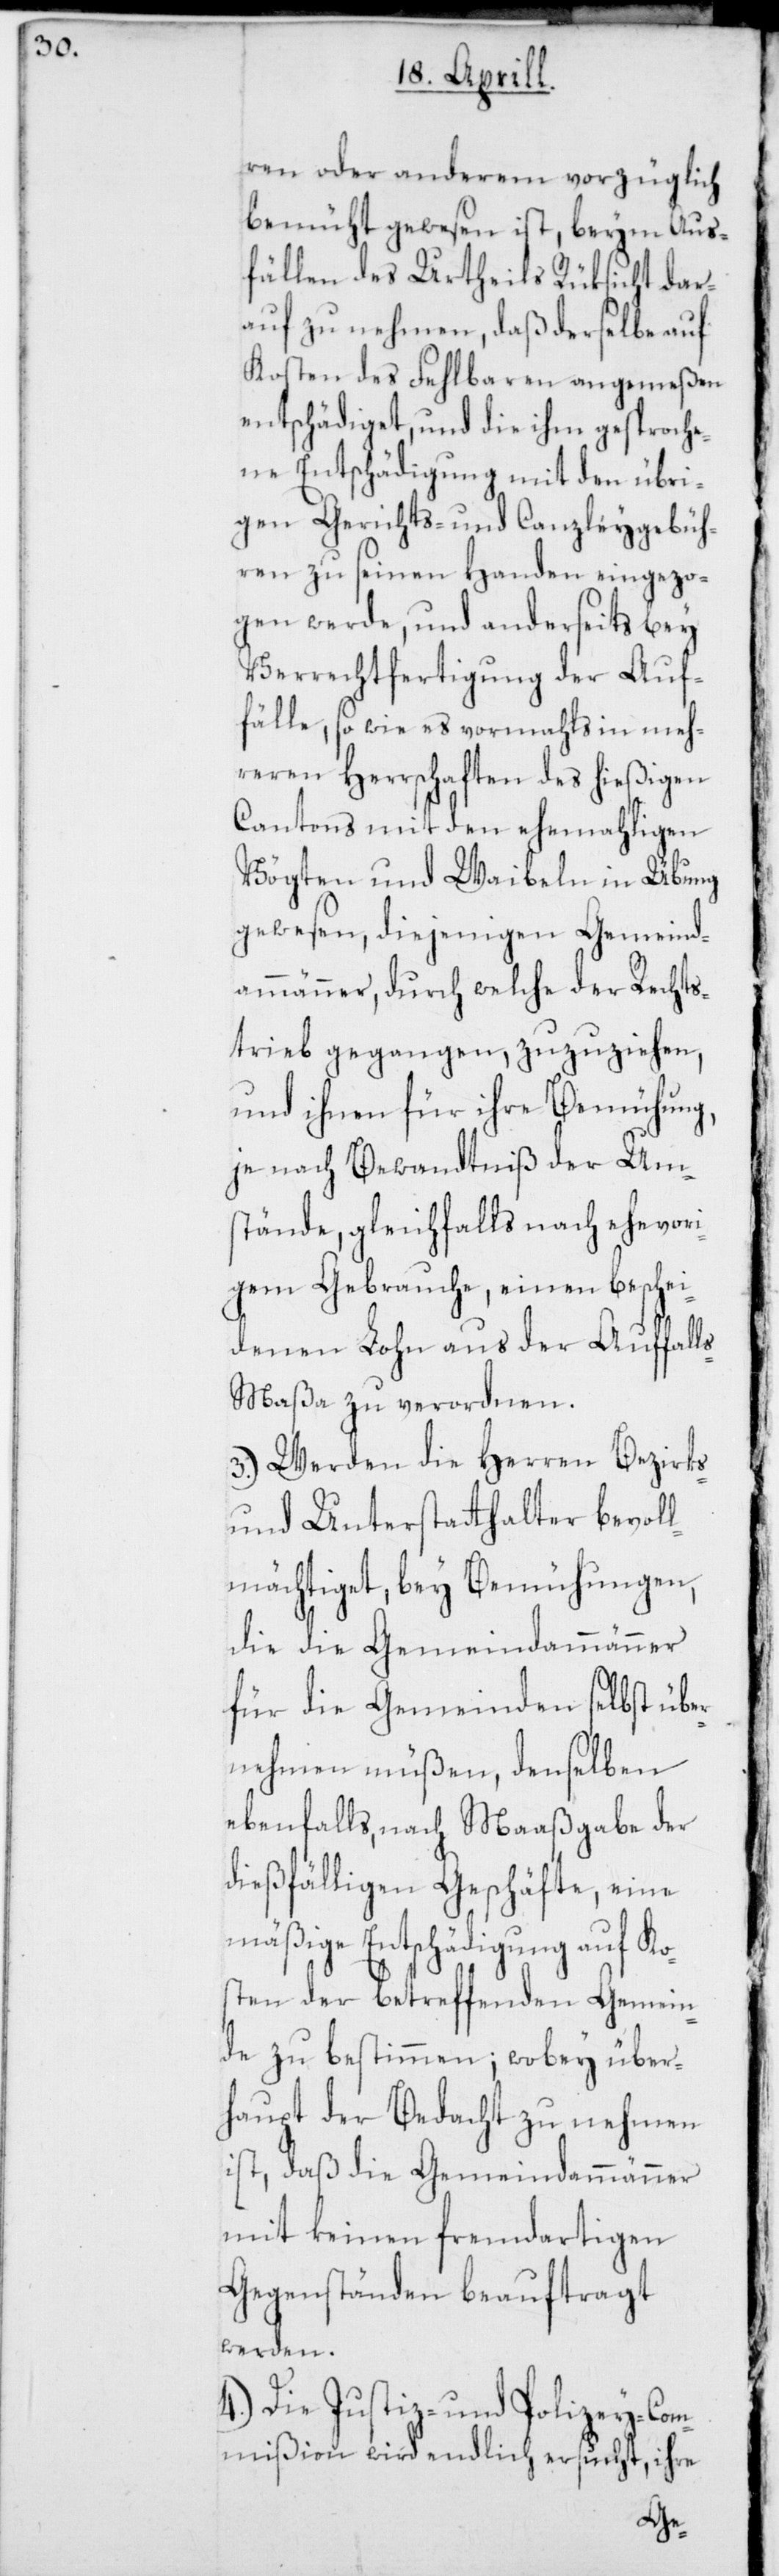
ren oder anderem vorzüglich
bemüht gewesen ist, beym Aus¬
fällen des Urtheils Rüksicht dar¬
auf zu nehmen, daß derselbe auf
Kosten des Fehlbaren angemeßen
entschädiget, und die ihm gesproche¬
ne Entschädigung mit den übri¬
gen Gerichts- und Canzleygebüh¬
ren zu seinen Handen eingezo¬
gen werde, und anderseits bey
Verrechtfertigung der Auf¬
fälle, so wie es vormahls in meh¬
reren Herrschaften des hießigen
Cantons mit den ehemahligen
Vögten und Waibeln in Übung
gewesen, diejenigen Gemeind¬
ammänner, durch welche der Rechts¬
trieb gegangen, zuzuziehen,
und ihnen für ihre Bemühung,
je nach Bewandtniß der Um¬
stände, gleichfalls nach ehevori¬
gem Gebrauche, einen beschei¬
denen Lohn aus der Auffall¬
s-Maßa zu verordnen.
3.) Werden die Herren Bezirks-
und Unterstatthalter bevoll¬
mächtiget, bey Bemühungen,
die die Gemeindammänner
für die Gemeinden selbst übe¬
rnehmen müßen, denselben
ebenfalls, nach Maaßgabe der
dießfälligen Geschäfte, eine
mäßige Entschädigung auf Kos¬
ten der betreffenden Gemein¬
de zu bestimmen, wobey über¬
haupt der Bedacht zu nehmen
ist, daß die Gemeindammänner
mit keinen fremdartigen
Gegenständen beauftragt
werden.
4.) Die Justiz- und Polizey-Com¬
mißion wird endlich ersucht, ihre